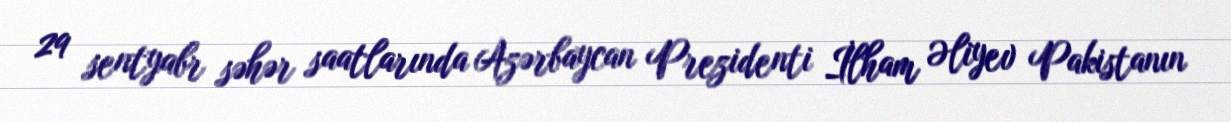
29 sentyabr səhər saatlarında Azərbaycan Prezidenti İlham Əliyev Pakistanın